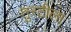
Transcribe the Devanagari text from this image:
तुरटीला